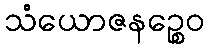
သံယောဇနဉ္စေဝ